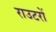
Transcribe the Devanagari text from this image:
राउटरों